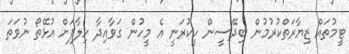
ޓީމުތައް ޒިޔާރަތްކުރުމުން ބިދޭސީން ހީކުރަނީ އެ މީހުން ގަވާއިދާ ހިލާފަށް އުޅޭތޯ ނުވަތަ